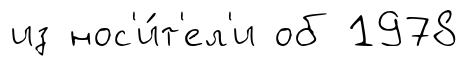
из нос'и́т'ел'и об 1978